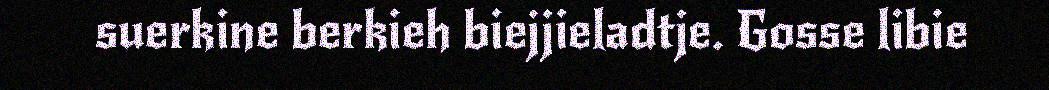
suerkine berkieh biejjieladtje. Gosse libie